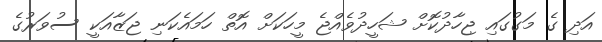
އަދި ގެ މަގުގައި ޖިހާދުކޮށް ޝަހީދުވެއްޖެ މީހަކަށް އޮތް ހަމައެކަނި ޖަޒާއަކީ ސުވަރުގެ